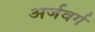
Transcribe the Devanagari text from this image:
अर्जवर्ग